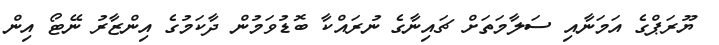
ޔޫރަޕްގެ އަމަނާއި ސަލާމަތަށް ޗައިނާގެ ނުރައްކާ ބޮޑުވަމުން ދާކަމުގެ އިންޒާރު ނޭޓޯ އިން